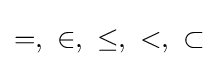
=,\ \in ,\ \leq ,\ <,\ \subset